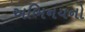
અભિનયનો